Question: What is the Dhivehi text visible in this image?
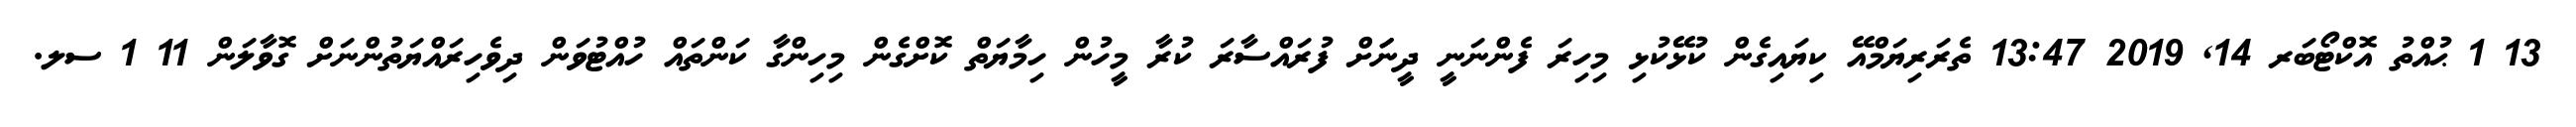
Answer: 13 1 ޙުއްތު އޮކްޓޯބަރ 14, 2019 13:47 ތެރަރިޔަމްއޭ ކިޔައިގެން ކުޅޭކުޅި މިހިރަ ފެންނަނީ ދީނަަށް ފުރައްސާރަ ކުރާ މީހުން ހިމާޔަތް ކޮށްގެން މިހިންގާ ކަންތައް ހުއްޓުވަން ދިވެހިރައްޔަތުންނަށް ގޮވާލަން 11 1 ސލ.